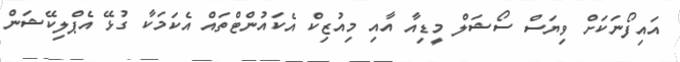
އައިފޯނަކަށް ވިޔަސް ސޯޝަލް މީޑިއާ އާއި މިއުޒިކް އެކައުންޓްތައް އެކަމަކާ ގުޅޭ އެޕްލިކޭޝަން